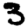
Digit: 3